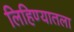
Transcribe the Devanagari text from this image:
लिहिण्यातला